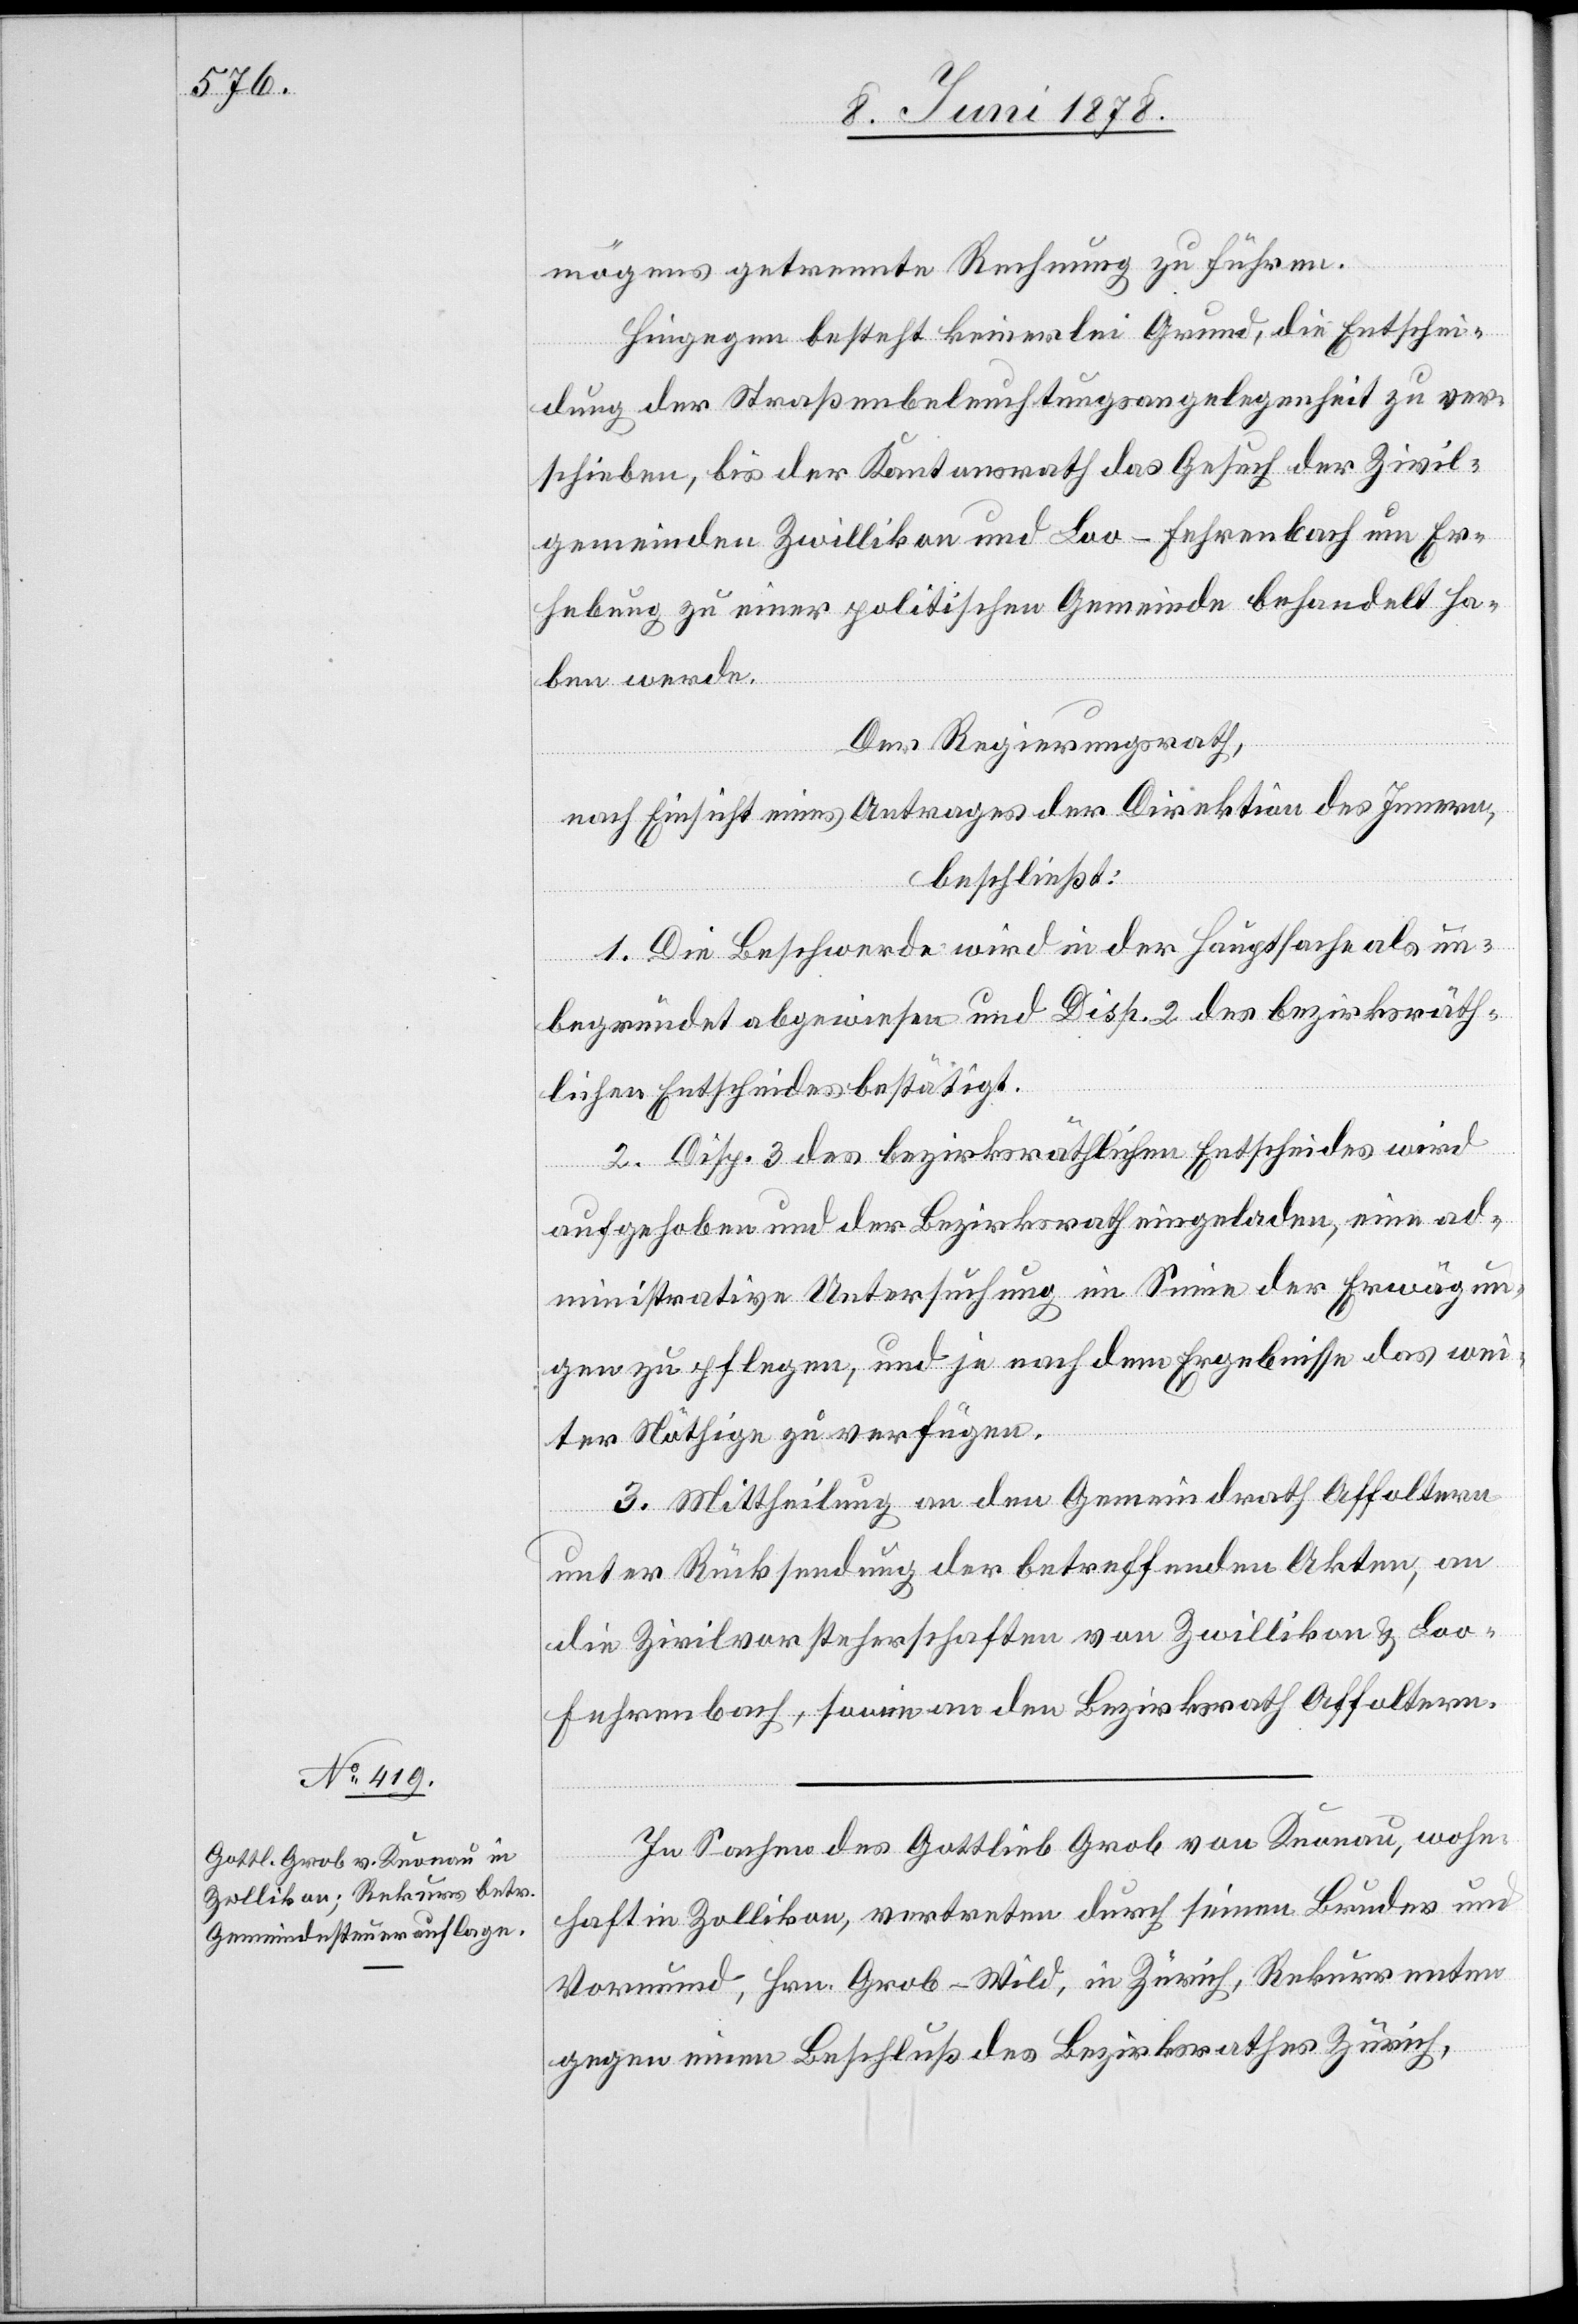
In Sachen des Gottlieb Grob von Knonau, wohn¬
haft in Zollikon, vertreten durch seinen Bruder und
Vormund, Hrn. Grob-Wild, in Zürich, Rekurrenten
gegen einen Beschluß des Bezirksrathes Zürich,